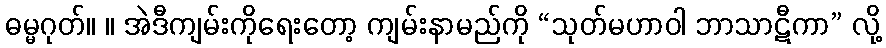
ဓမ္မဂုတ်။ ။ အဲဒီကျမ်းကိုရေးတော့ ကျမ်းနာမည်ကို “သုတ်မဟာဝါ ဘာသာဋီကာ” လို့